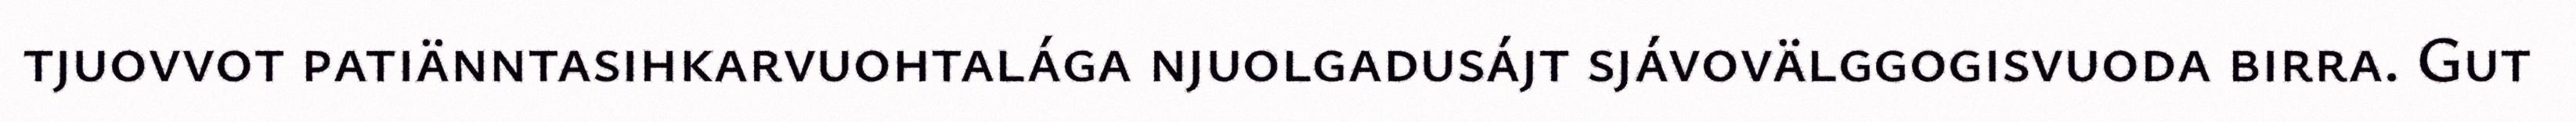
tjuovvot patiänntasihkarvuohtalága njuolgadusájt sjávovälggogisvuoda birra. Gut